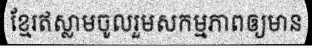
ខ្មែរឥស្លាមចូលរួមសកម្មភាពឲ្យមាន